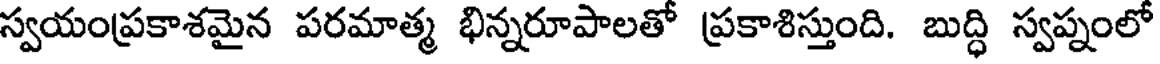
స్వయంప్రకాశమైన పరమాత్మ భిన్నరూపాలతో ప్రకాశిస్తుంది. బుద్ధి స్వప్నంలో